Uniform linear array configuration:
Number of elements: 16
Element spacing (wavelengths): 0.25
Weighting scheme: uniform
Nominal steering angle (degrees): -45
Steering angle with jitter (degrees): -44.669
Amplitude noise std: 0.05
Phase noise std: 0.05

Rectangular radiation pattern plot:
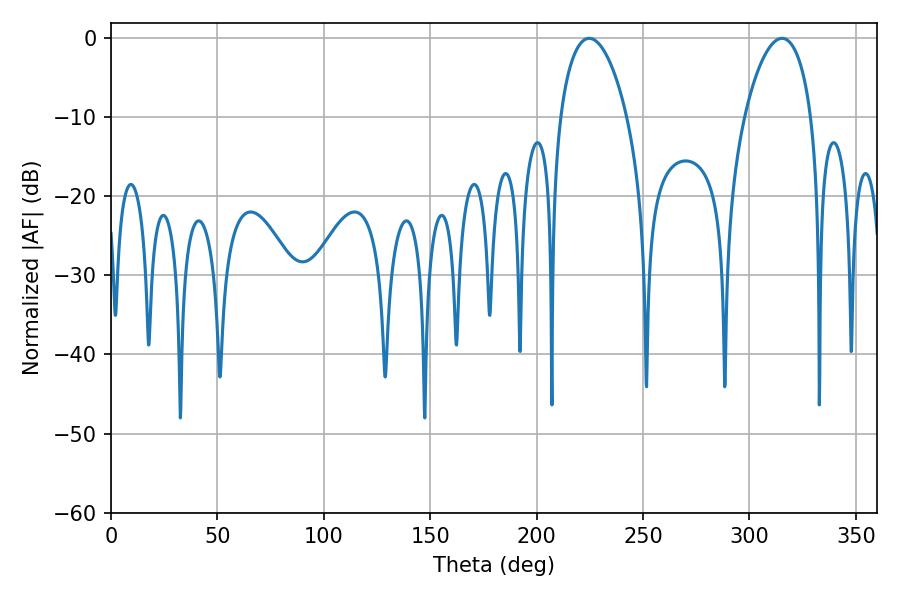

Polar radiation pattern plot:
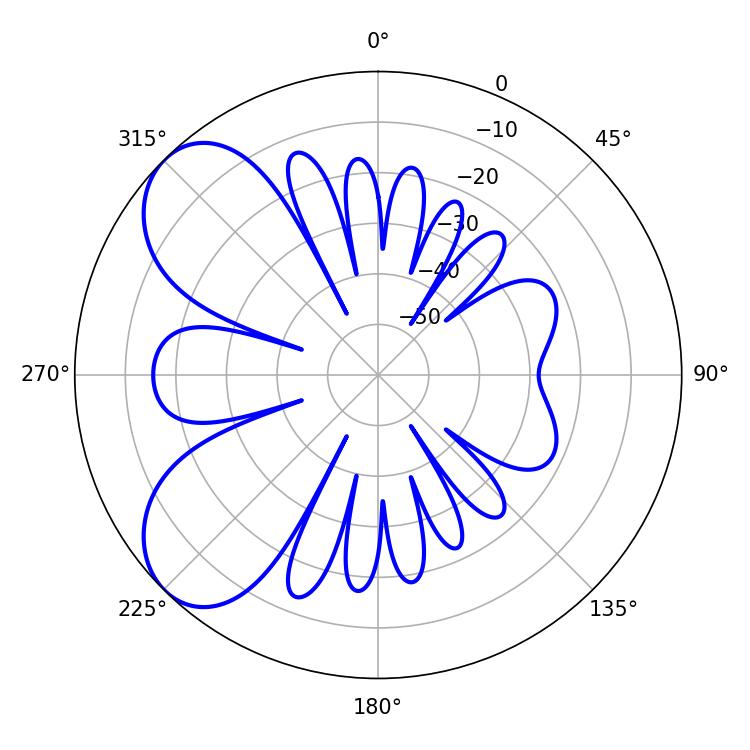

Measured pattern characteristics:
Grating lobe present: FALSE
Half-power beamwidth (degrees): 17.82
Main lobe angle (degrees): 224.64